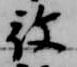
被